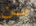
من